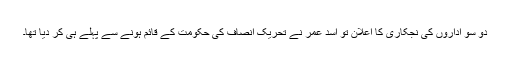
دو سو اداروں کی نجکاری کا اعلان تو اسد عمر نے تحریک انصاف کی حکومت کے قائم ہونے سے پہلے ہی کر دیا تھا۔